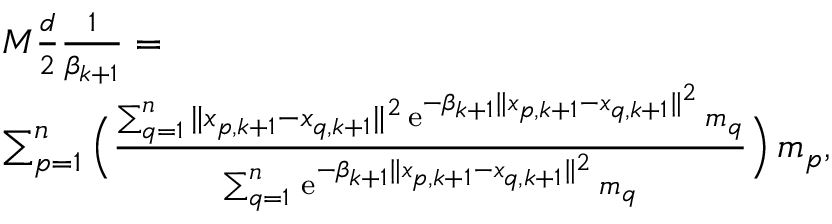
\begin{array} { r l } & { M \frac { d } { 2 } \frac { 1 } { \beta _ { k + 1 } } = } \\ & { \sum _ { p = 1 } ^ { n } \Big ( \frac { \sum _ { q = 1 } ^ { n } \| x _ { p , k + 1 } - x _ { q , k + 1 } \| ^ { 2 } \, \mathrm { e } ^ { - \beta _ { k + 1 } \| x _ { p , k + 1 } - x _ { q , k + 1 } \| ^ { 2 } } \, m _ { q } } { \sum _ { q = 1 } ^ { n } \, \mathrm { e } ^ { - \beta _ { k + 1 } \| x _ { p , k + 1 } - x _ { q , k + 1 } \| ^ { 2 } } \, m _ { q } } \Big ) \, m _ { p } , } \end{array}